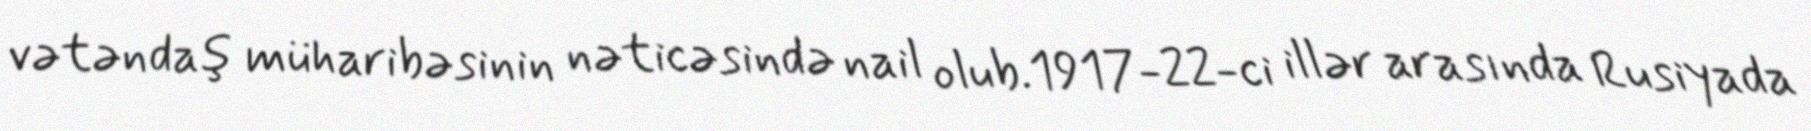
vətəndaş müharibəsinin nəticəsində nail olub.1917-22-ci illər arasında Rusiyada